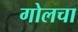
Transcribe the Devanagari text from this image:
गोलचा